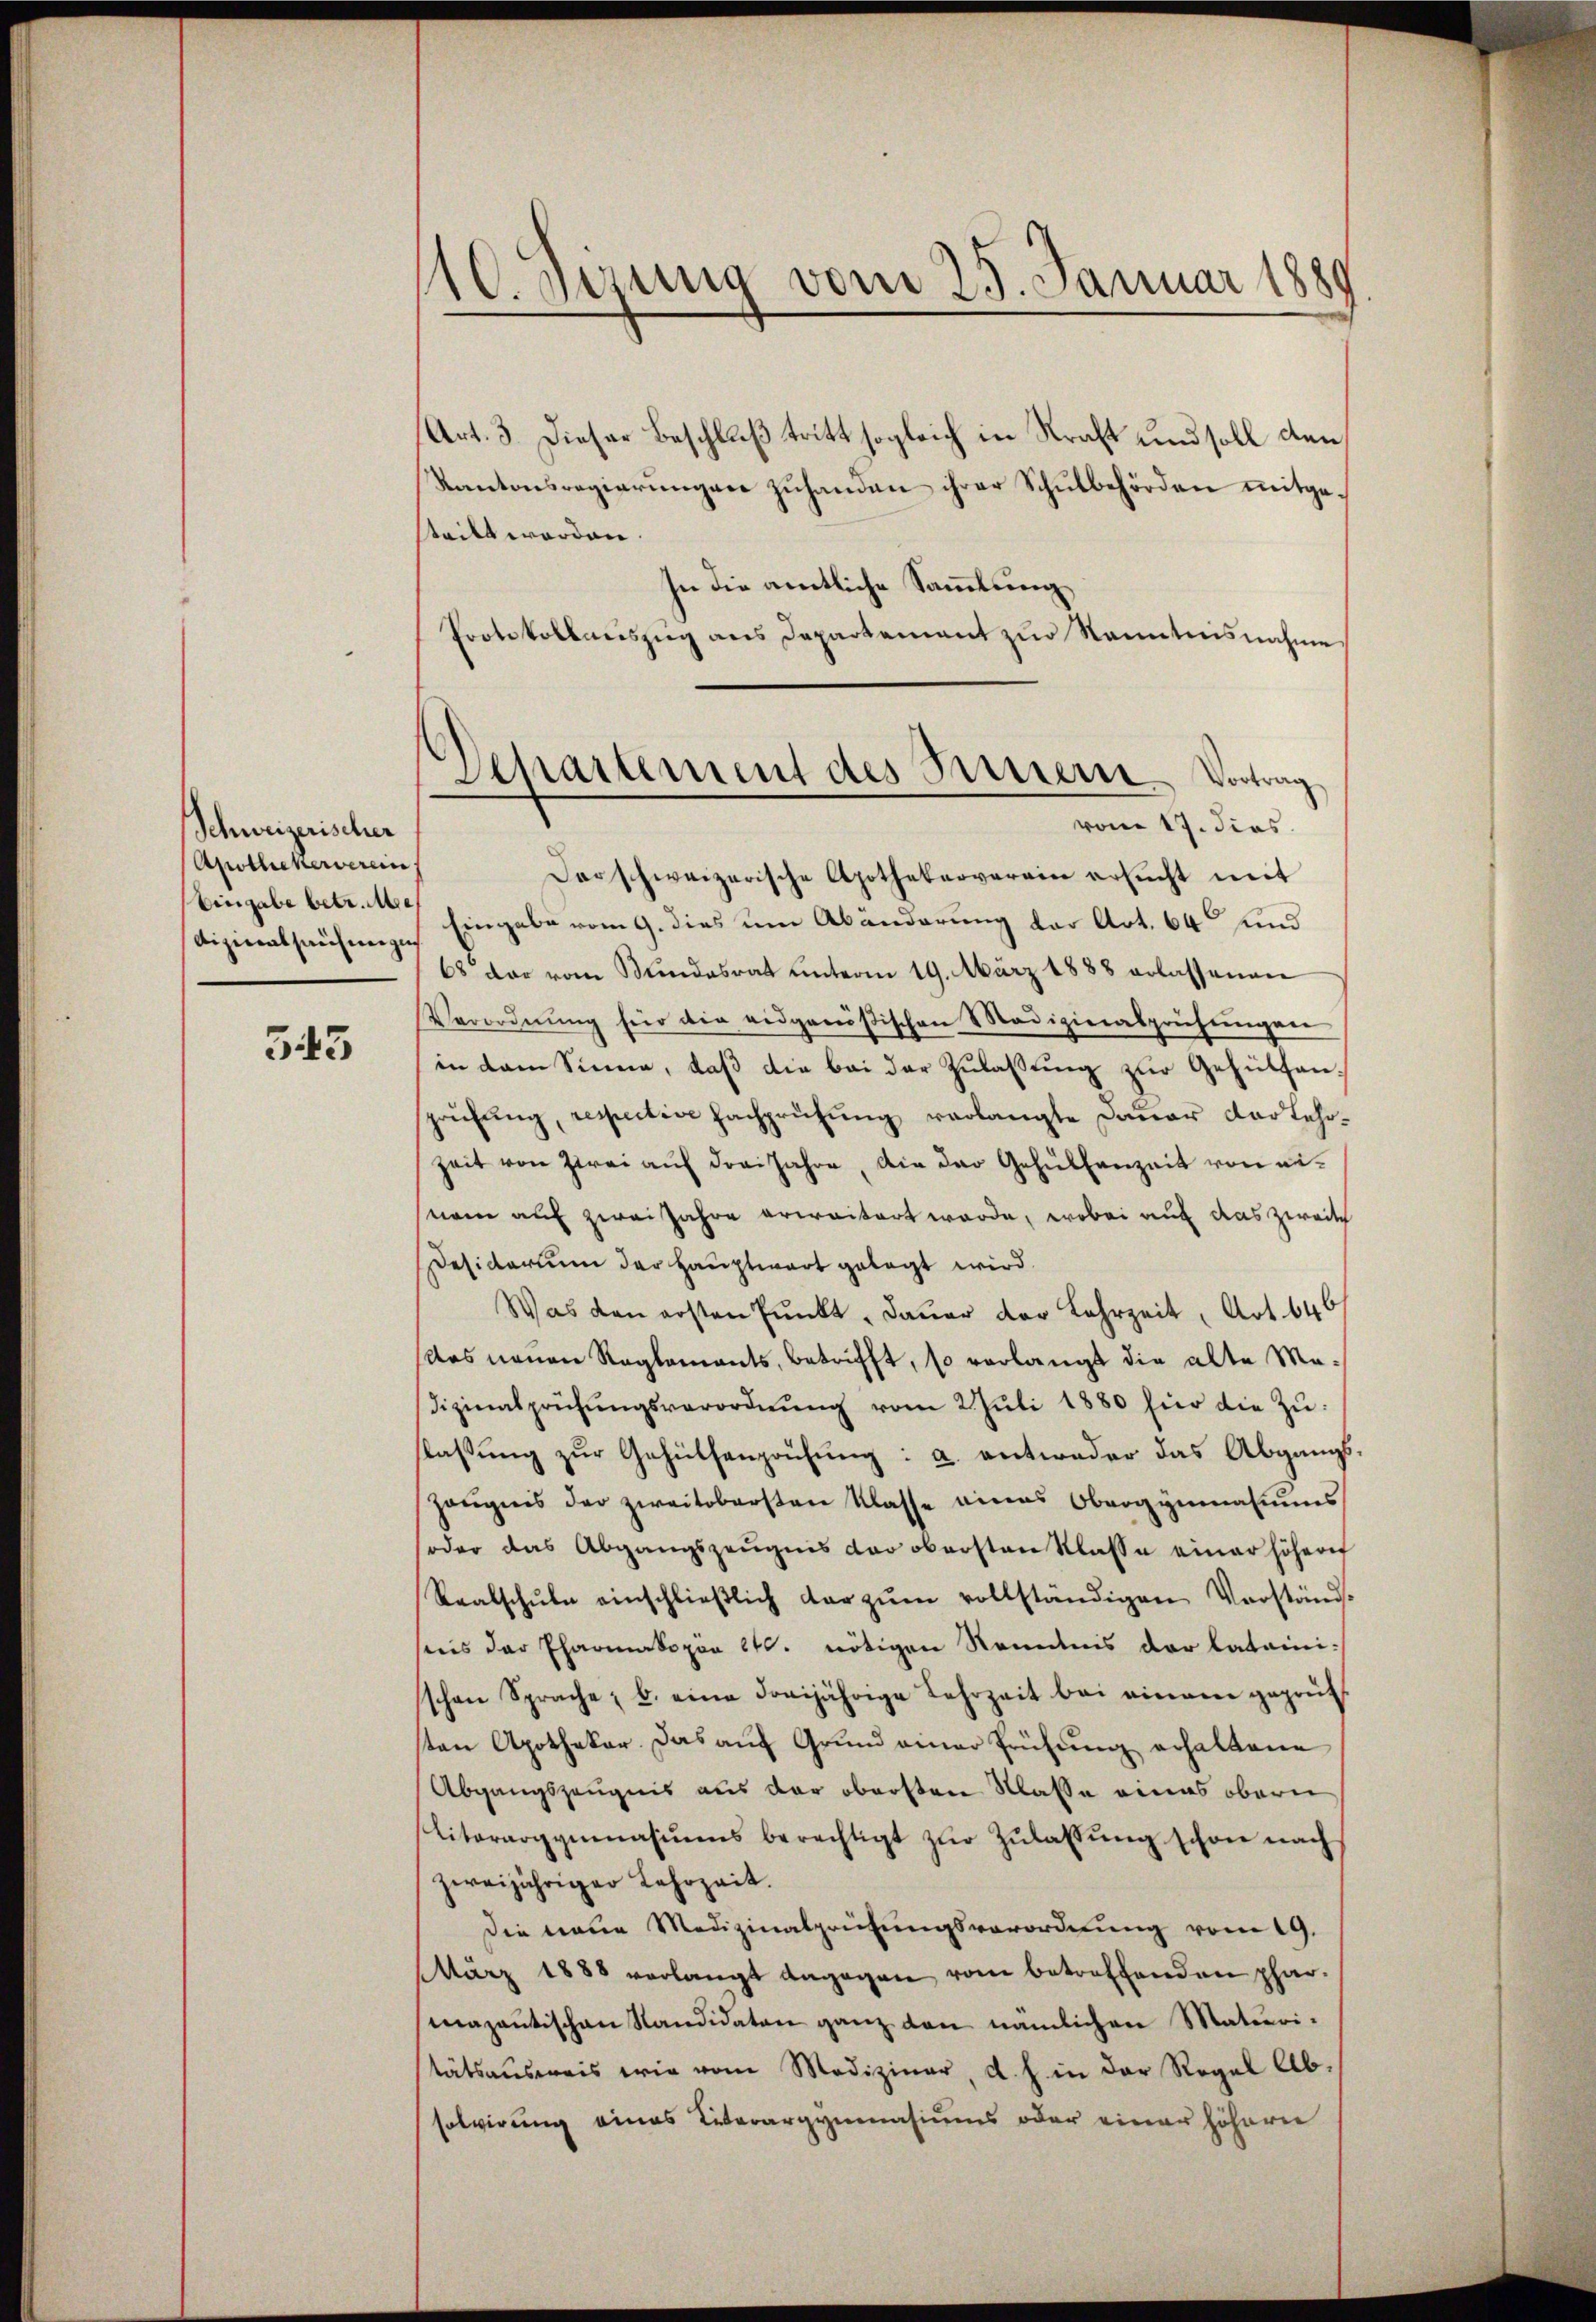
Schweizerischer
Apothekerverein
Eingabe betr. Me
dizinalhausungen

343

110. Jung vom 25. Januar 1889.

Art. 3. Dieser Beschluß tritt sogleich in Kraft und soll den
Kantonsregierŭngen zŭhanden ihrer Schŭlbehörden mitgesteilt worden.
In die amtliche Sammlung
Protokollauszug aus Departement zur Kenntnisnahme
darschweizerische Apothekerverein ersŭcht mit
Eingabe vom 9. dies um Abänderung der Art. 64 und
68 der vom Bundesrat unterm 19. März 1888 erlassenen
Verordnŭng für die eidgenößischen Medizieralprüfŭngen
in dem Sinne, daβ die bei der Zulassung zur Gehülfenspruchung, respective Fachprüfung verlangte Dauer Darlehrzeit von zwei aŭf drei Jahre, die der Gehülfenzeit von einam auf zwei Jahre erwaitert werde, wobei auf das zweit
Desidarium der Hauptwart gelegt wird.
Was den ersten Pŭnkt, dauer der Lahrzeit, Art. 646
das neuen Reglements, betrifft, so verlangt die alte Madizinalprüfŭngsverordnŭng vom 2. Jŭli 1880 für die Zŭ
laßung zur Gehülfenprüfung: a. unternder das Abgangszeŭgnis der zweitobersten Klasse eines Obergymnasiums
oder das Abgangszeŭgnis der obersten Klasse einer höhern
Realschŭle einschlieβlich dar zŭm vollständigen Vorständ-
nis der Pharmakopen 11. nötigen Kenntnis der lateinischon Sprache; b. eine dreijährige Lehrzeit bei einem geprüf
sten Apothekar. Das auf Grund einer Frühung erhaltene
Abgangszeugnis aus der obersten Klasse eines obern
Literargymnasiŭms berechtigt zŭr Zŭlassŭng schon nach
zweijähriger Lehrzeit.
Die neue Medizinalprüfungsverordnung vom 19.
März 1888 verlangt dagegen vom betreffenden phar-
mazantischen Kandidaten ganz den nämlichen Materi-
tätsaŭsweis wie vom Mediziner, d. h. in der Regel Absolvirung eines Lederargymnasiums oder einer höheren

Departement des Berner-Vortrag
vom 17. dies